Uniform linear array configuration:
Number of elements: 12
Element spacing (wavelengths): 0.5
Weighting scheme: exponential
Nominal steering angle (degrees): -60
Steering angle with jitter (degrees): -60.4
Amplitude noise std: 0.05
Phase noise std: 0.05

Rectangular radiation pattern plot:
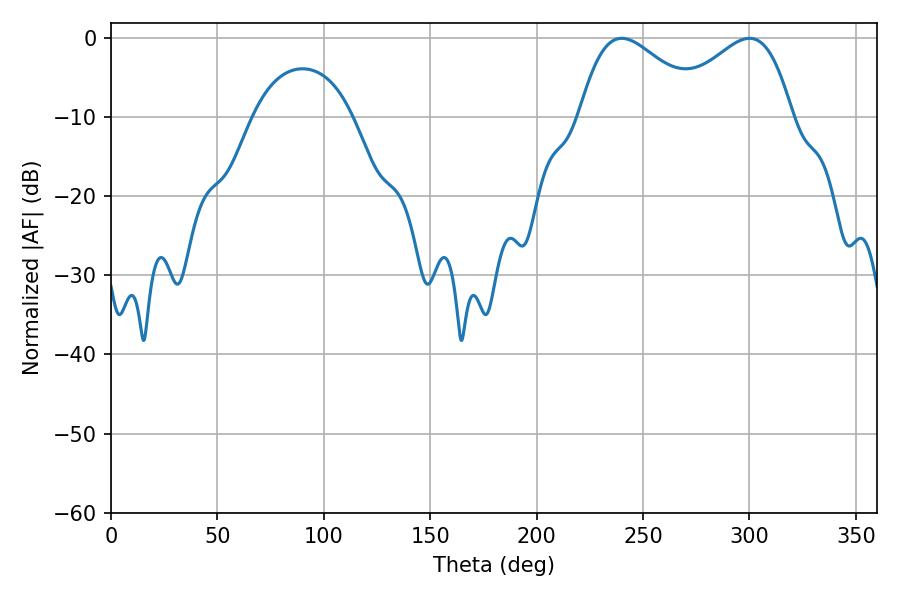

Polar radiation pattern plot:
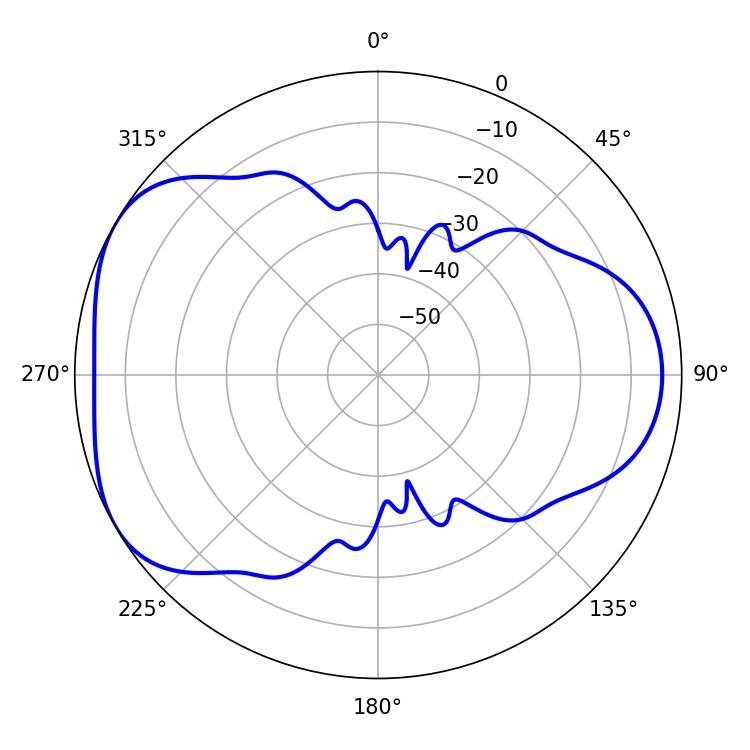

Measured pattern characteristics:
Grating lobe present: FALSE
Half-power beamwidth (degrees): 31.5
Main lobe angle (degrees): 239.94